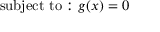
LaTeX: { \mathrm { s u b j e c t ~ t o : } } \ g ( x ) = 0